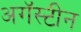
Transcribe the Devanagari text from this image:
अगॅस्टीन